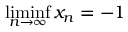
\operatorname* { l i m i n f } _ { n \to \infty } x _ { n } = - 1